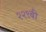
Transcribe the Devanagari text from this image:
२२९बी